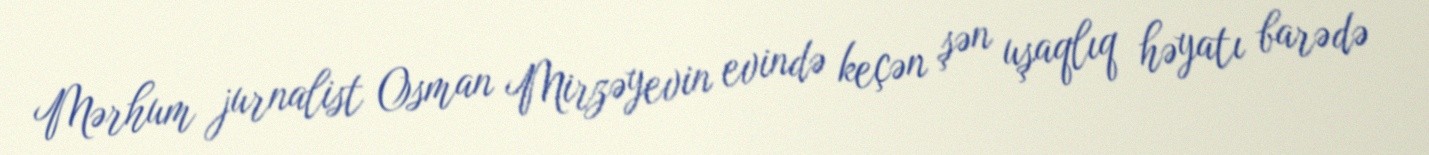
Mərhum jurnalist Osman Mirzəyevin evində keçən şən uşaqlıq həyatı barədə